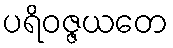
ပရိဝဇ္ဇယတေ